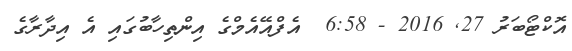
އޮކްޓޯބަރު 27